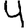
Digit: 4